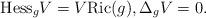
LaTeX: \begin{align*}\mbox{Hess}_g V = V \mbox{Ric}(g),\Delta_g V =0.\end{align*}